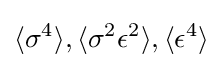
\langle \sigma ^{4}\rangle ,\langle \sigma ^{2}\epsilon ^{2}\rangle ,\langle \epsilon ^{4}\rangle